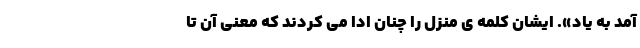
آمد به یاد». ایشان کلمه ی منزل را چنان ادا می کردند که معنی آن تا